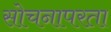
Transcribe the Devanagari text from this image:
सोचनापरता